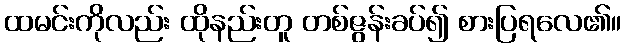
ထမင်းကိုလည်း ထိုနည်းတူ တစ်ဇွန်းခပ်၍ စားပြရလေ၏။